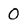
Character: 0